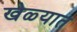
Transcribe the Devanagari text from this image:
खेळ्यात